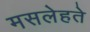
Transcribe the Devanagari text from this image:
मसलेहते